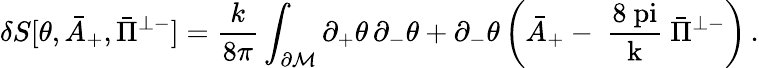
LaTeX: \delta S[\theta,\bar{A}_{+},\bar{\Pi}^{\perp-}]=\frac{k}{8\pi}\int_{\partial\cal M}\partial_{+}\theta\, \partial_{-}\theta+\partial_{-}\theta\left(\bar{A}_{+}-\mathrm{~\frac{8\ pi}{k}~}\bar{\Pi}^{\perp-}\right)\, .